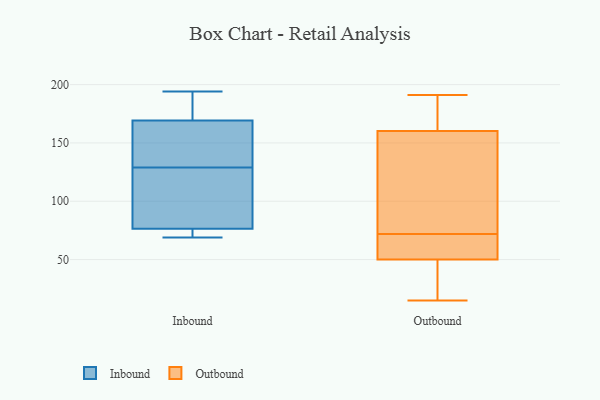
{"axis": {"x": "Active Users", "y": "Value"}, "legend": ["Inbound", "Outbound"], "data": [{"x": "", "y": 129, "type": "Inbound"}, {"x": "", "y": 76, "type": "Inbound"}, {"x": "", "y": 176, "type": "Inbound"}, {"x": "", "y": 109, "type": "Inbound"}, {"x": "", "y": 161, "type": "Inbound"}, {"x": "", "y": 172, "type": "Inbound"}, {"x": "", "y": 72, "type": "Inbound"}, {"x": "", "y": 69, "type": "Inbound"}, {"x": "", "y": 137, "type": "Inbound"}, {"x": "", "y": 78, "type": "Inbound"}, {"x": "", "y": 194, "type": "Inbound"}, {"x": "", "y": 169, "type": "Outbound"}, {"x": "", "y": 54, "type": "Outbound"}, {"x": "", "y": 72, "type": "Outbound"}, {"x": "", "y": 19, "type": "Outbound"}, {"x": "", "y": 183, "type": "Outbound"}, {"x": "", "y": 191, "type": "Outbound"}, {"x": "", "y": 38, "type": "Outbound"}, {"x": "", "y": 63, "type": "Outbound"}, {"x": "", "y": 15, "type": "Outbound"}, {"x": "", "y": 143, "type": "Outbound"}, {"x": "", "y": 110, "type": "Outbound"}, {"x": "", "y": 164, "type": "Outbound"}, {"x": "", "y": 159, "type": "Outbound"}, {"x": "", "y": 72, "type": "Outbound"}, {"x": "", "y": 61, "type": "Outbound"}, {"x": "", "y": 87, "type": "Outbound"}, {"x": "", "y": 33, "type": "Outbound"}]}